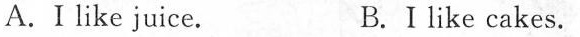
A.I like juice. B.Ⅰlike cakes.